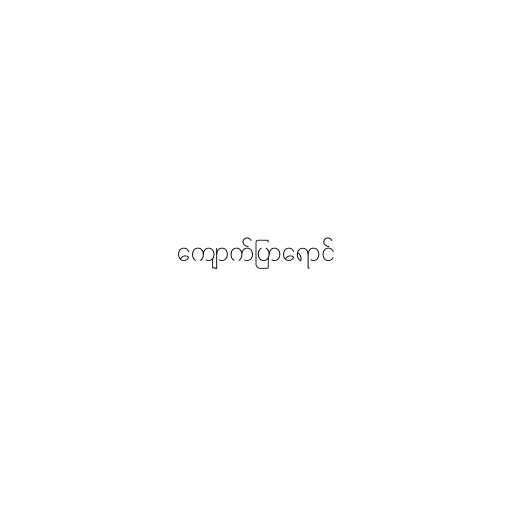
ကျောက်ပြာရောင်